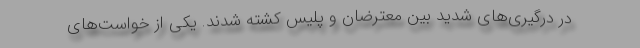
در درگیری‌های شدید بین معترضان و پلیس کشته شدند. یکی از خواست‌های